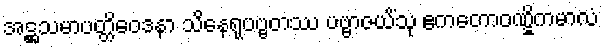
အဋ္ဌသမာပတ္တိဝေဒနာ သိနေရုပဗ္ဗတဿ ပဗ္ဗာဇယိံသု ဧကတောဝဏ္ဋိကမာလံ